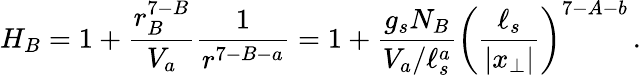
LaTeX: H_{B}=1+{\frac{r_{B}^{7-B}}{V_{a}}}{\frac{1}{r^{7-B-a}}}=1+{\frac{g_{s}N_{B}}{V_{a}/\ell_{s}^{a}}}\left({\frac{\ell_{s}}{|x_{\perp}|}}\right)^{7-A-b}\, .